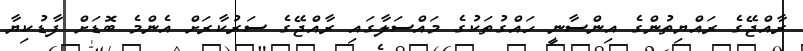
ރާއްޖޭގެ ރައްޔިތުންގެ އިންސާނީ ހައްގުތަކުގެ މައްސަލާގައި ރާއްޖޭގެ ސަރުކާރަށް އެންމެ ބޮޑަށް ފާޑުކިޔާ